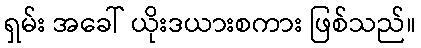
ရှမ်း အခေါ် ယိုးဒယားစကား ဖြစ်သည်။